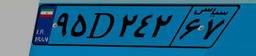
۹۵D۲۴۲۶۷